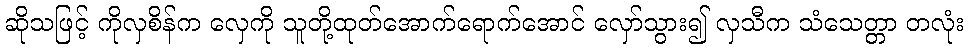
ဆိုသဖြင့် ကိုလှစိန်က လှေကို သူတို့ထုတ်အောက်ရောက်အောင် လှော်သွား၍ လှသီက သံသေတ္တာ တလုံး